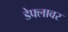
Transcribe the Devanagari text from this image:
डेफ्लावर